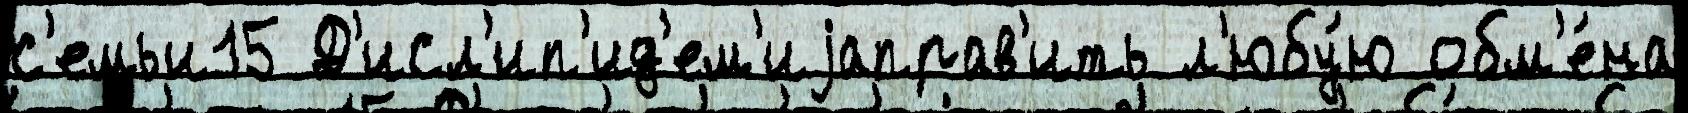
с'емьи15 Д'исл'ип'ид'ем'иjаправ'ить л'юбу́ю обм'е́на